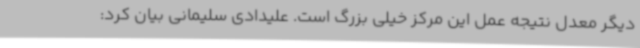
دیگر معدل نتیجه عمل این مرکز خیلی بزرگ است. علیدادی سلیمانی بیان کرد: